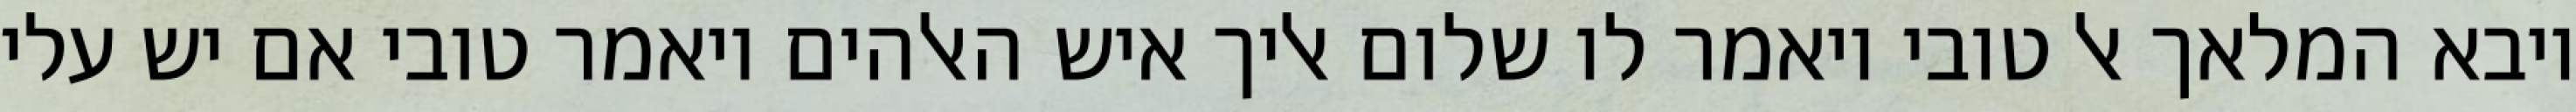
ויבא המלאך אל טובי ויאמר לו שלום אליך איש האלהים ויאמר טובי אם יש עלי